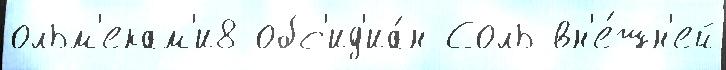
ольм'екам'и8 обс'ид'иа́н Соль вн'е́шн'ей